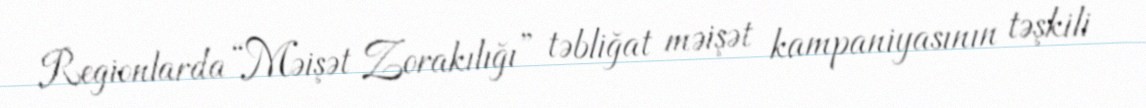
Regionlarda “Məişət Zorakılığı” təbliğat məişət kampaniyasının təşkili